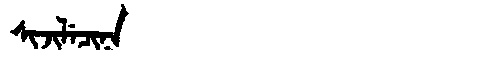
Manchu: ᠰᡳᠵᡳᠯᡝᠴᡳᠨᠠ
Romanization: SIJILECINA